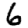
Digit: 6